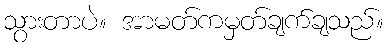
သွားတာပဲ။ အာမတ်ကမှတ်ချက်ချသည်။